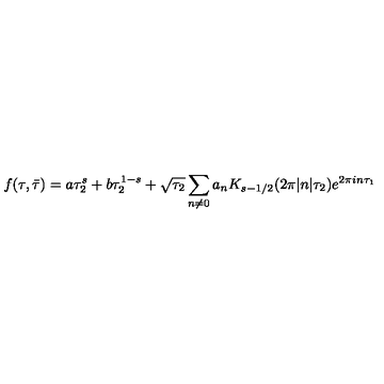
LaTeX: f ( \tau , \bar { \tau } ) = a \tau _ { 2 } ^ { s } + b \tau _ { 2 } ^ { 1 - s } + \sqrt { \tau _ { 2 } } \sum _ { n \ne 0 } a _ { n } K _ { s - 1 / 2 } ( 2 \pi | n | \tau _ { 2 } ) e ^ { 2 \pi i n \tau _ { 1 } }